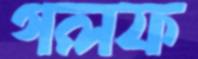
গলফ